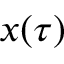
x ( \tau )